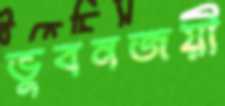
ভুবনজয়ী